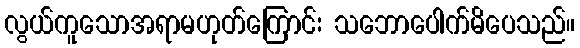
လွယ်ကူသောအရာမဟုတ်ကြောင်း သဘောပေါက်မိပေသည်။